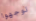
توجهوا